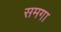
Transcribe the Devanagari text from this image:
समगा